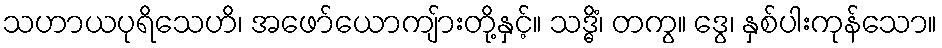
သဟာယပုရိသေဟိ၊ အဖော်ယောကျ်ားတို့နှင့်။ သဒ္ဓိံ၊ တကွ။ ဒွေ၊ နှစ်ပါးကုန်သော။